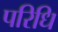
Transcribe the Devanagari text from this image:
परिधि